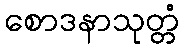
စောဒနာသုတ္တံ